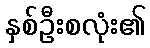
နှစ်ဦးစလုံး၏